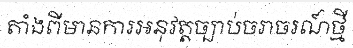
តាំងពីមានការអនុវត្តច្បាប់ចរាចរណ៍ថ្មី